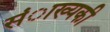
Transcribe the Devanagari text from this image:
संाख्यकी